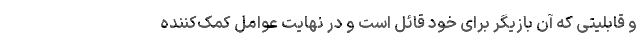
و قابلیتی که آن بازیگر برای خود قائل است و در نهایت عوامل کمک‌کننده